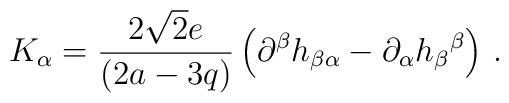
K_{\alpha }=\frac{2\sqrt{2}e}{\left(2a-3q\right) }\left( \partial^{\beta }h_{\beta \alpha }-\partial _{\alpha }h_{\beta }{}^{\beta}\right) \,.